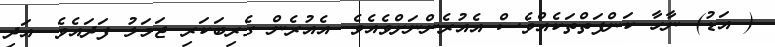
( އަޑު) ނާހާ ކަންފަތްތަކެއްވެސް އެއުރެންނަށްވެއެވެ. އެއުރެން ގެރިބަކަރި ޖަމަލު ފަދައެވެ. އަދި